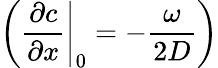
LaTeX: \left(\left.\frac{\partial c}{\partial x}\right|_{0}=-\frac{\omega}{2D}\right)